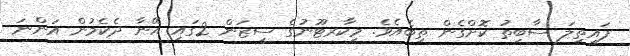
ފައިތިލަ ސާބިތު ކޮށްގެން ތިބެއެވެ. މިކާރޓޫނުގެ ސީޒަން 2ގައި އޭނާ ދެކެމުން އަންނަ